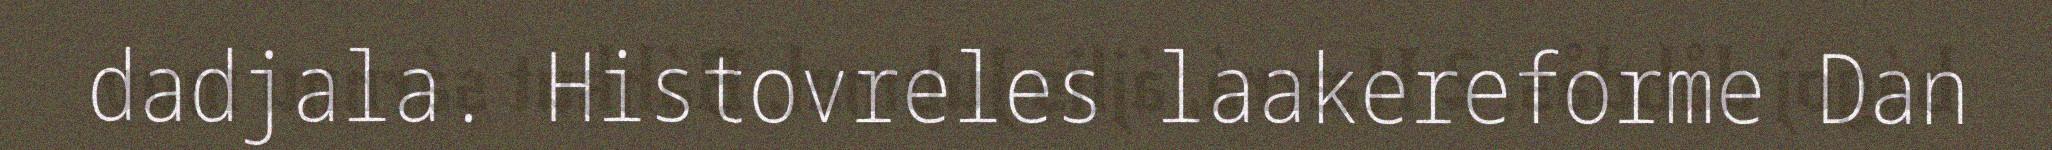
dadjala. Histovreles laakereforme Dan